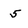
Character: 5